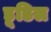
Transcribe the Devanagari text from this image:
डूडिल